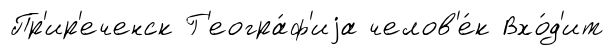
Пр'ир'еченск Г'еогра́ф'иjа челов'е́к Вхо́д'ит